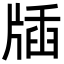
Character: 牐